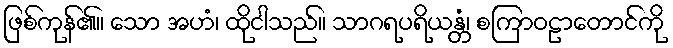
ဖြစ်ကုန်၏။ သော အဟံ၊ ထိုငါသည်။ သာဂရပရိယန္တံ၊ စကြာဝဠာတောင်ကို